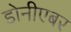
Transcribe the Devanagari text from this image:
डोनीएबर